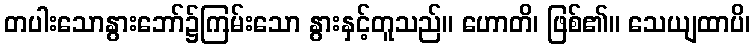
တပါးသောနွားဘော်၌ကြမ်းသော နွားနှင့်တူသည်။ ဟောတိ၊ ဖြစ်၏။ သေယျထာပိ၊